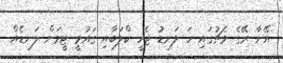
އޭނާ ރޭގެ މެޗުގައި ހަ ލަނޑު ޖެހީ ކްލަބާއި ގައުމީ ޓީމަށް ލަނޑެއް